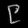
Digit: ၉